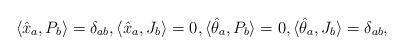
LaTeX: \begin{align*}\langle\hat x_a, P_b\rangle=\delta_{ab},\langle\hat x_a, J_b\rangle=0,\langle\hat \theta_a, P_b\rangle=0,\langle\hat \theta_a, J_b\rangle=\delta_{ab} ,\end{align*}